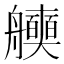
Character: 𮎖